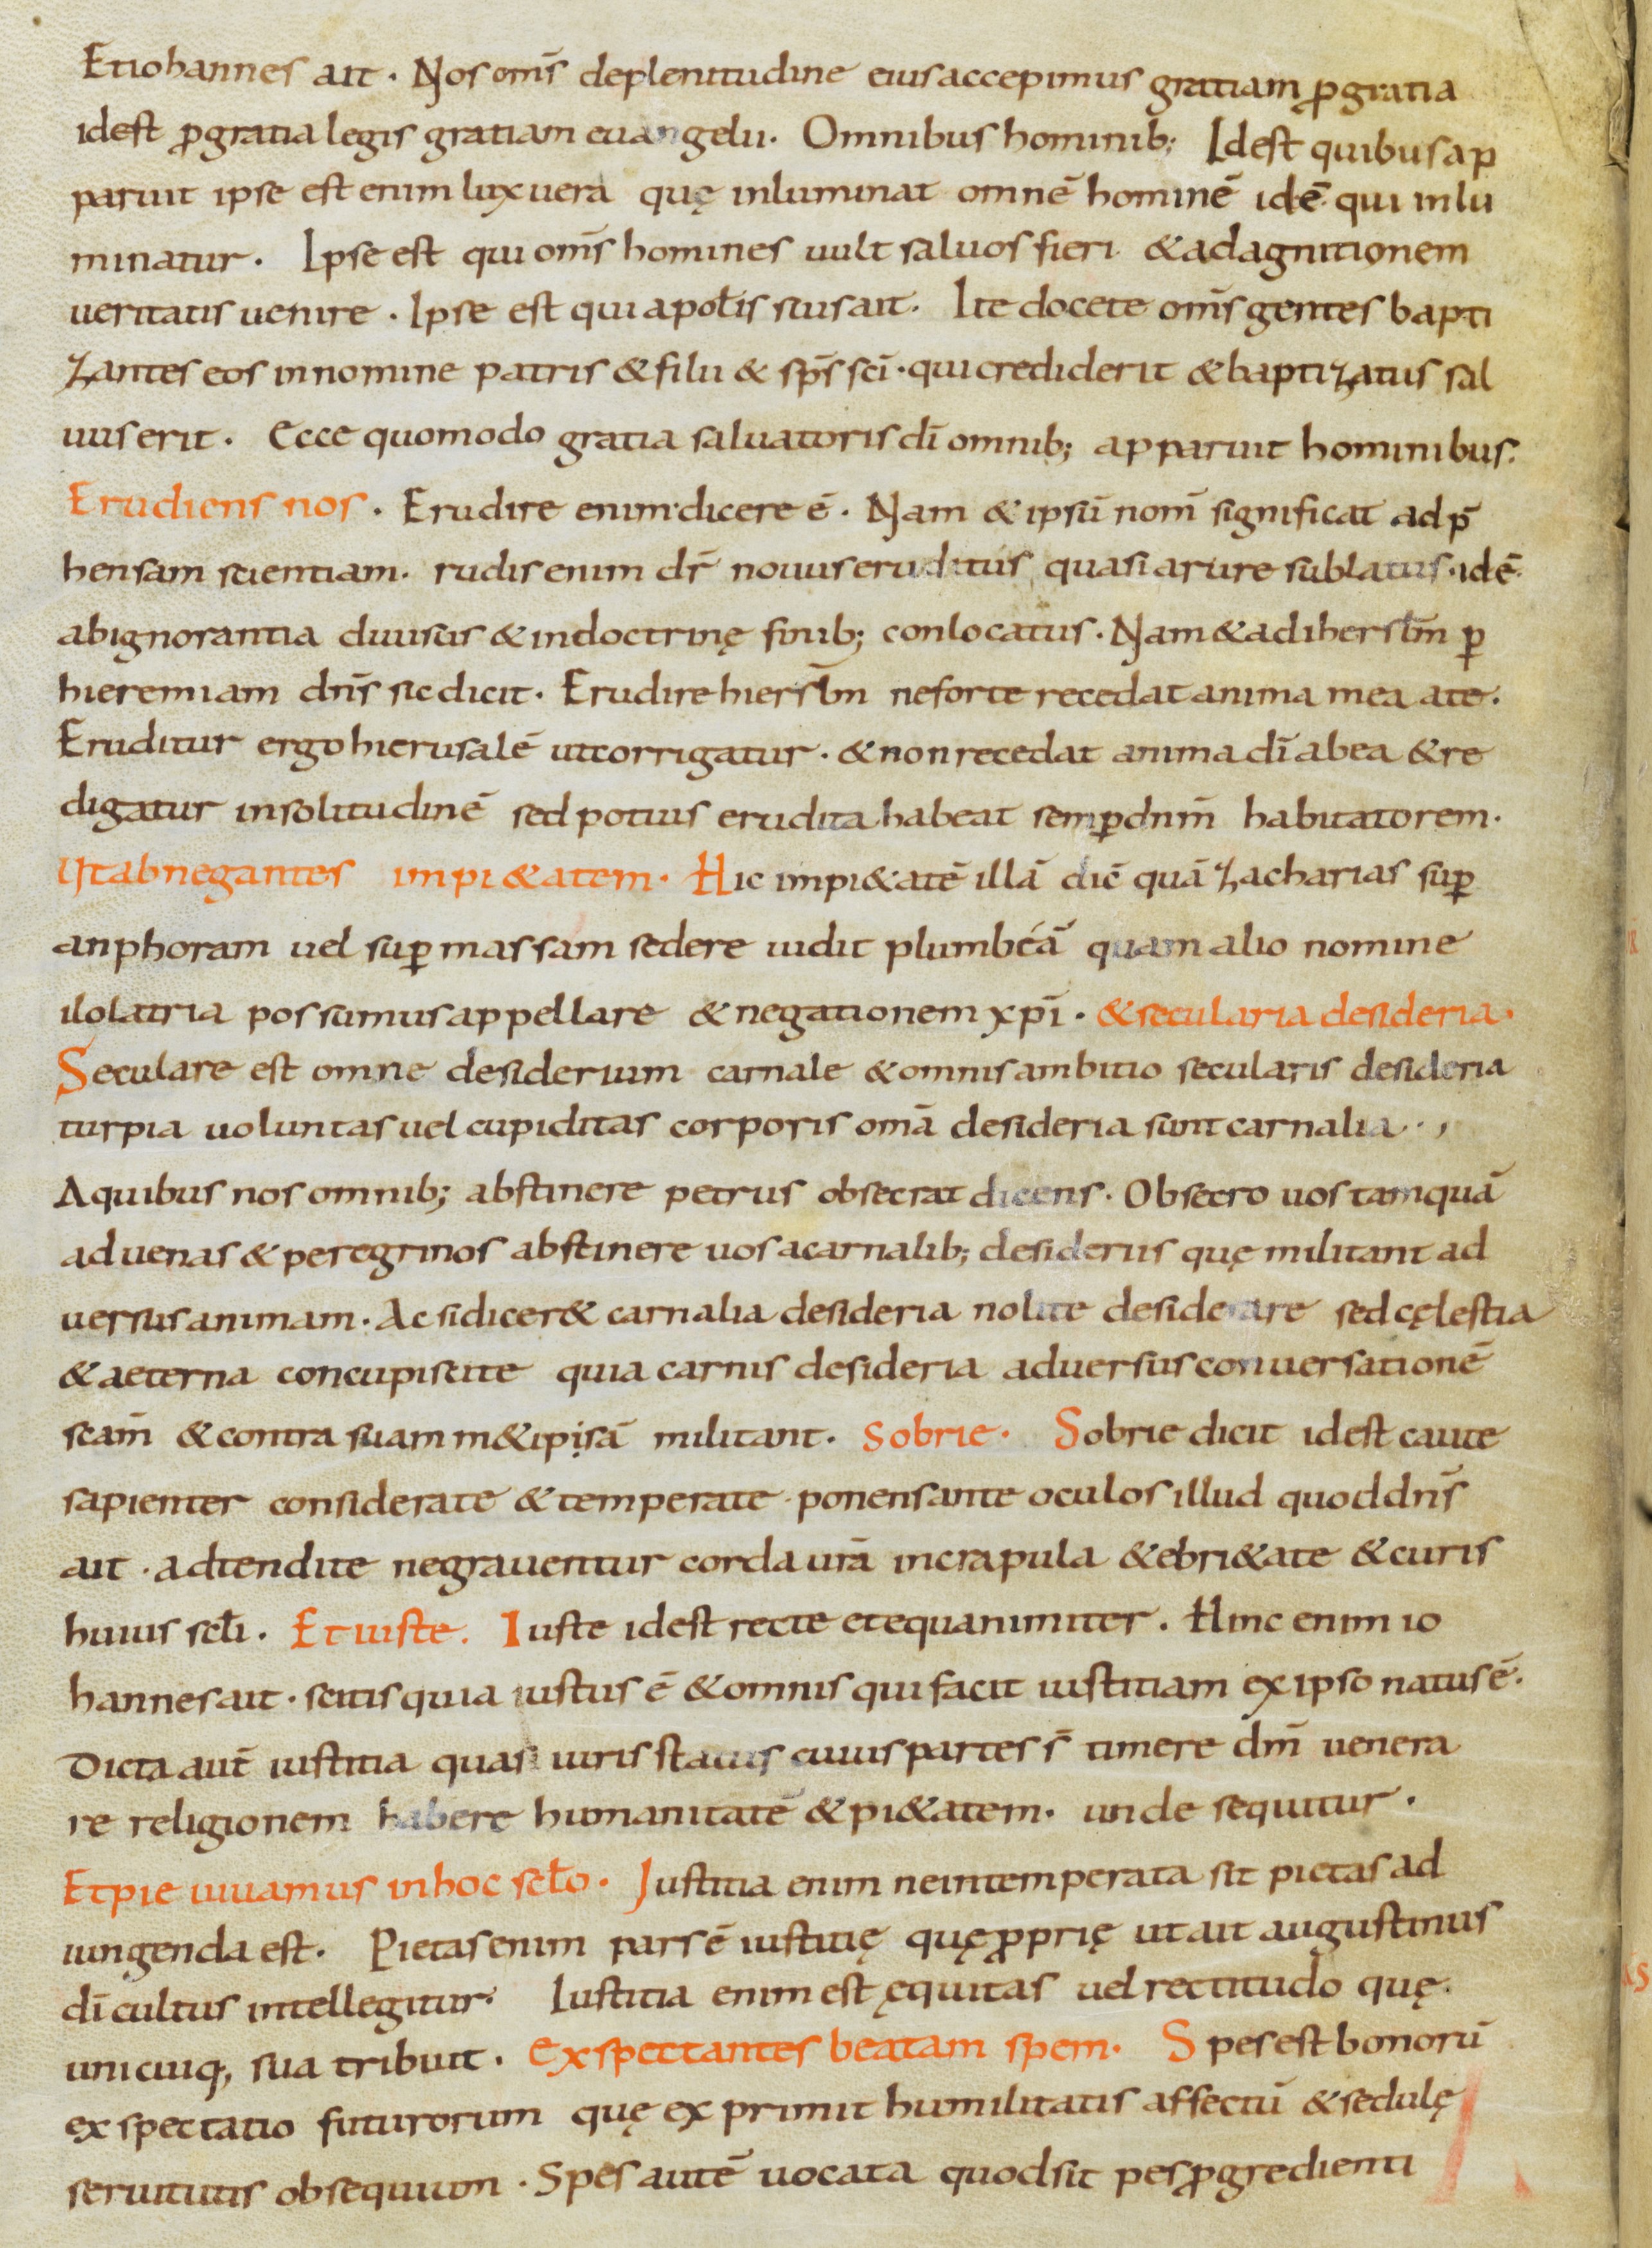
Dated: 800–899